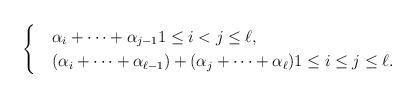
LaTeX: \begin{align*}\begin{cases}&\alpha_i +\dots + \alpha_{j-1} 1\leq i < j \leq \ell , \quad \\ &( \alpha_i +\dots +\alpha_{\ell-1}) + ( \alpha_j +\dots +\alpha_{\ell}) 1\leq i \leq j \leq \ell .\end{cases}\end{align*}